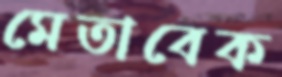
মেতাবেক